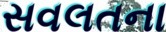
સવલતના